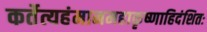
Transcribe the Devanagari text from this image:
कर्तेत्यहंमानमहाकृष्णाहिदंशितः